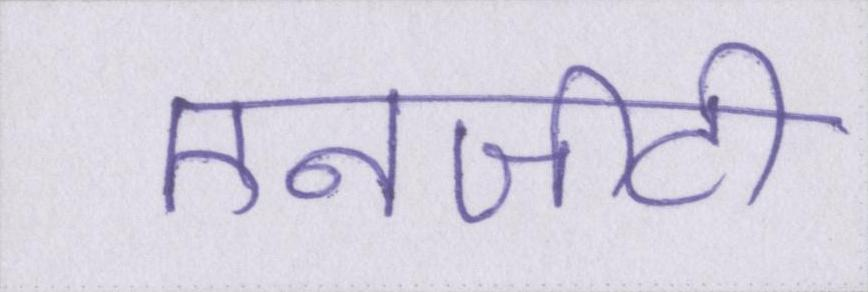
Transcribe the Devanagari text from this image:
एनजीटी